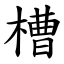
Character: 槽